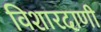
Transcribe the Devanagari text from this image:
विशारदाणी